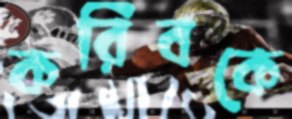
করিবকে